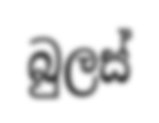
බුලස්